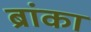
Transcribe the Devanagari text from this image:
ब्रांका